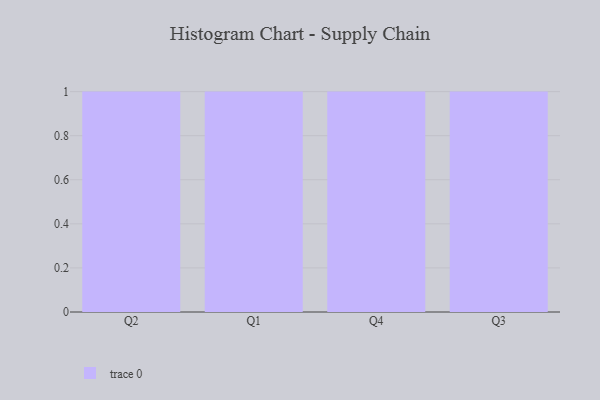
{"axis": {"x": "Quarter", "y": "Operating Costs (USD K)"}, "legend": [""], "data": [{"x": "Q2", "y": 19, "type": ""}, {"x": "Q1", "y": 29, "type": ""}, {"x": "Q4", "y": 60, "type": ""}, {"x": "Q3", "y": 50, "type": ""}]}